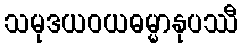
သမုဒယဝယဓမ္မာနုပဿီ